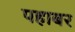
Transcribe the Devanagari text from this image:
पहाबर